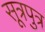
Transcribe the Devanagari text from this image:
सूत्रपुत्र